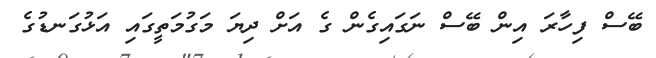
ބޭސް ފިހާރަ އިން ބޭސް ނަގައިގެން ގެ އަށް ދިޔަ މަގުމަތީގައި އަޅުގަނޑުގެ